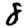
Digit: 8